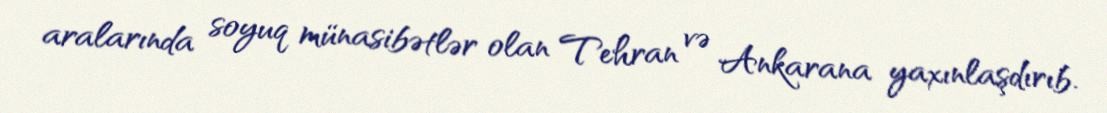
aralarında soyuq münasibətlər olan Tehran və Ankarana yaxınlaşdırıb.